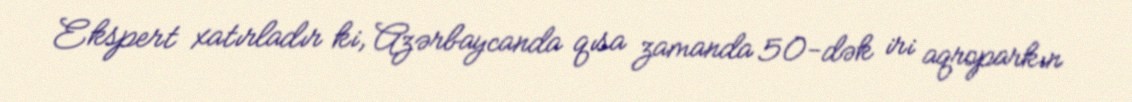
Ekspert xatırladır ki, Azərbaycanda qısa zamanda 50-dək iri aqroparkın